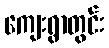
ကျေးရွာတွင်း